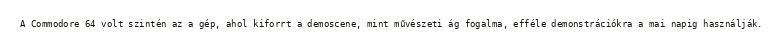
A Commodore 64 volt szintén az a gép, ahol kiforrt a demoscene, mint művészeti ág fogalma, efféle demonstrációkra a mai napig használják.